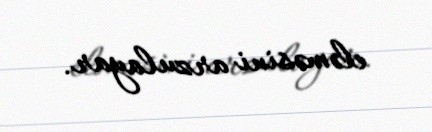
eləməsini arzulayar.